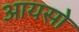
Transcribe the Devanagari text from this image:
आयसो